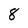
Character: 8